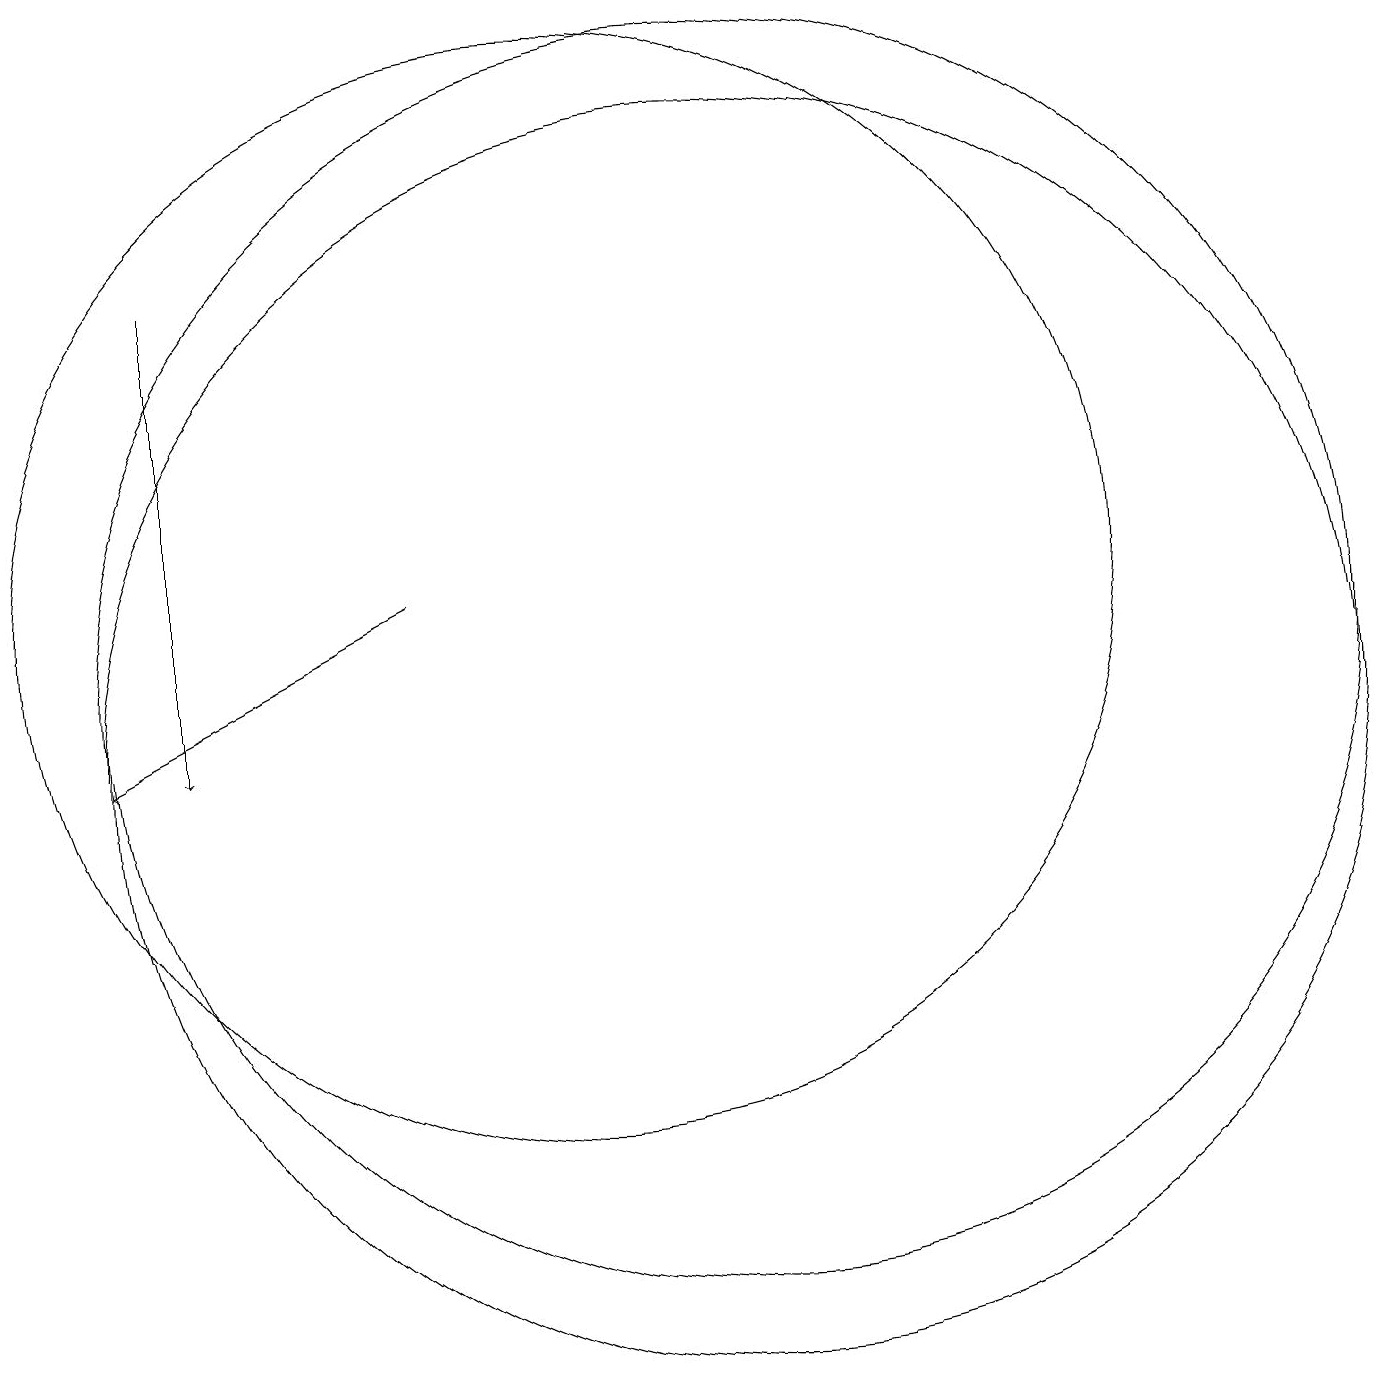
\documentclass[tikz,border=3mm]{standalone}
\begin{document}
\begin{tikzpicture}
\draw[->] (8,12) -- (4,10);
\draw (10,12) circle (7);
\draw[->] (5,16) -- (5,10);
\draw (12,11) circle (8);
\draw (12,10) circle (8);
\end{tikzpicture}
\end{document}